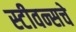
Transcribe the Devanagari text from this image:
स्टीवन्सचे